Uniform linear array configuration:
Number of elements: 16
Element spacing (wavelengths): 1
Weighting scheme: blackman
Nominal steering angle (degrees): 60
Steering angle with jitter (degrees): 59.16
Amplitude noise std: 0.05
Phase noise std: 0.05

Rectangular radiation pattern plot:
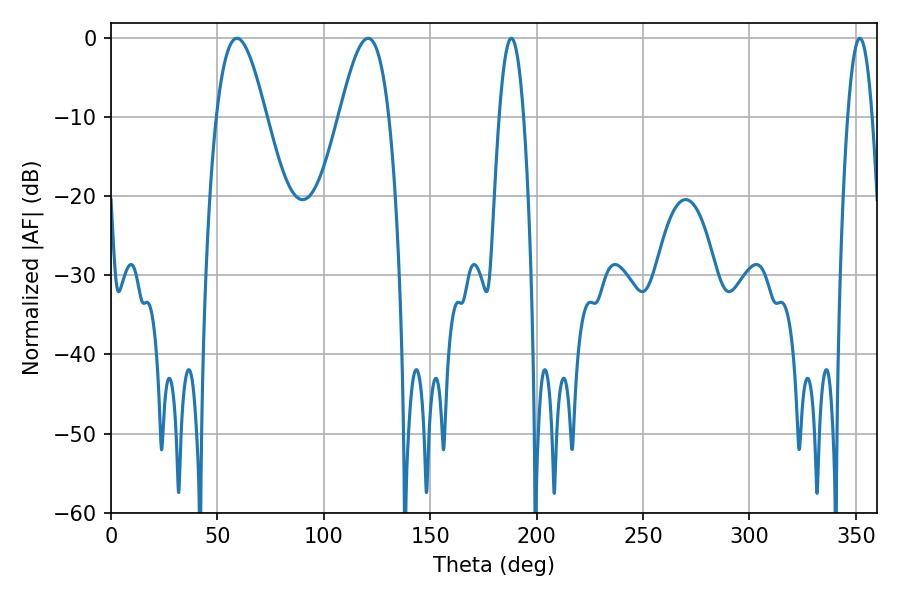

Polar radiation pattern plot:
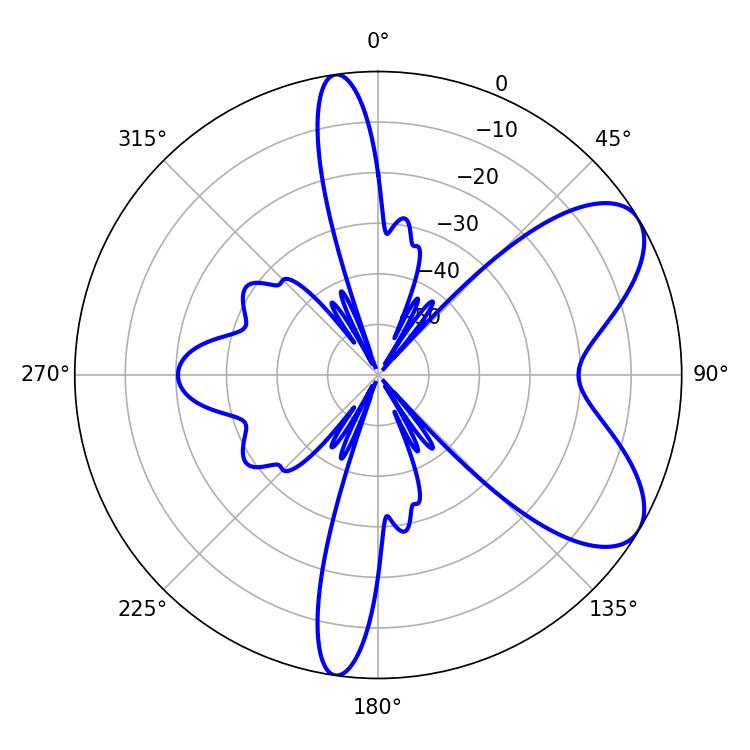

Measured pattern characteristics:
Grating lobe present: TRUE
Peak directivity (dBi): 7.163
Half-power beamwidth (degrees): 6.3
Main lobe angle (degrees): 188.1